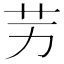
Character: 𦬋